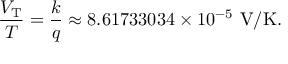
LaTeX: { \frac { V _ { \mathrm { T } } } { T } } = { \frac { k } { q } } \approx 8 . 6 1 7 3 3 0 3 4 \times 1 0 ^ { - 5 } \ \mathrm { V / K } .